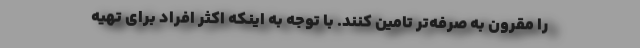
را مقرون به صرفه‌تر تامین کنند. با توجه به اینکه اکثر افراد برای تهیه